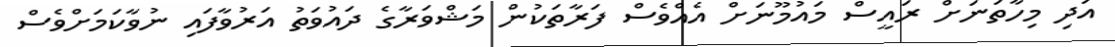
އަދި މިހާތަނަށް ރައީސް މައުމޫނަށް އެއްވެސް ފަރާތަކުން މަޝްވަރާގެ ދައުވަތު އަރުވާފައި ނުވާކަމަށްވެސް